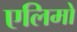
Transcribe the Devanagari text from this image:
एलिमो